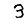
Digit: 3